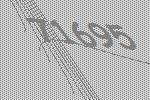
71695